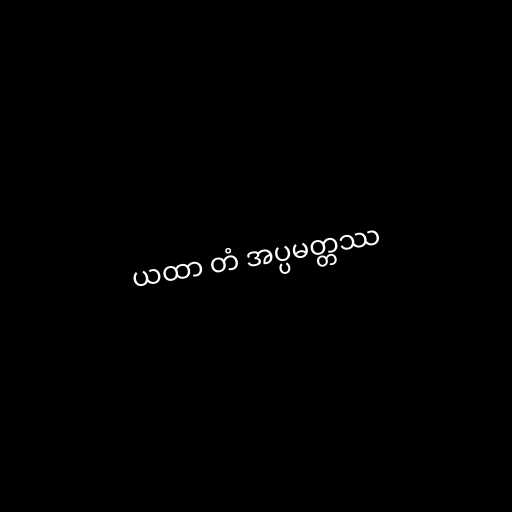
ယထာ တံ အပ္ပမတ္တဿ